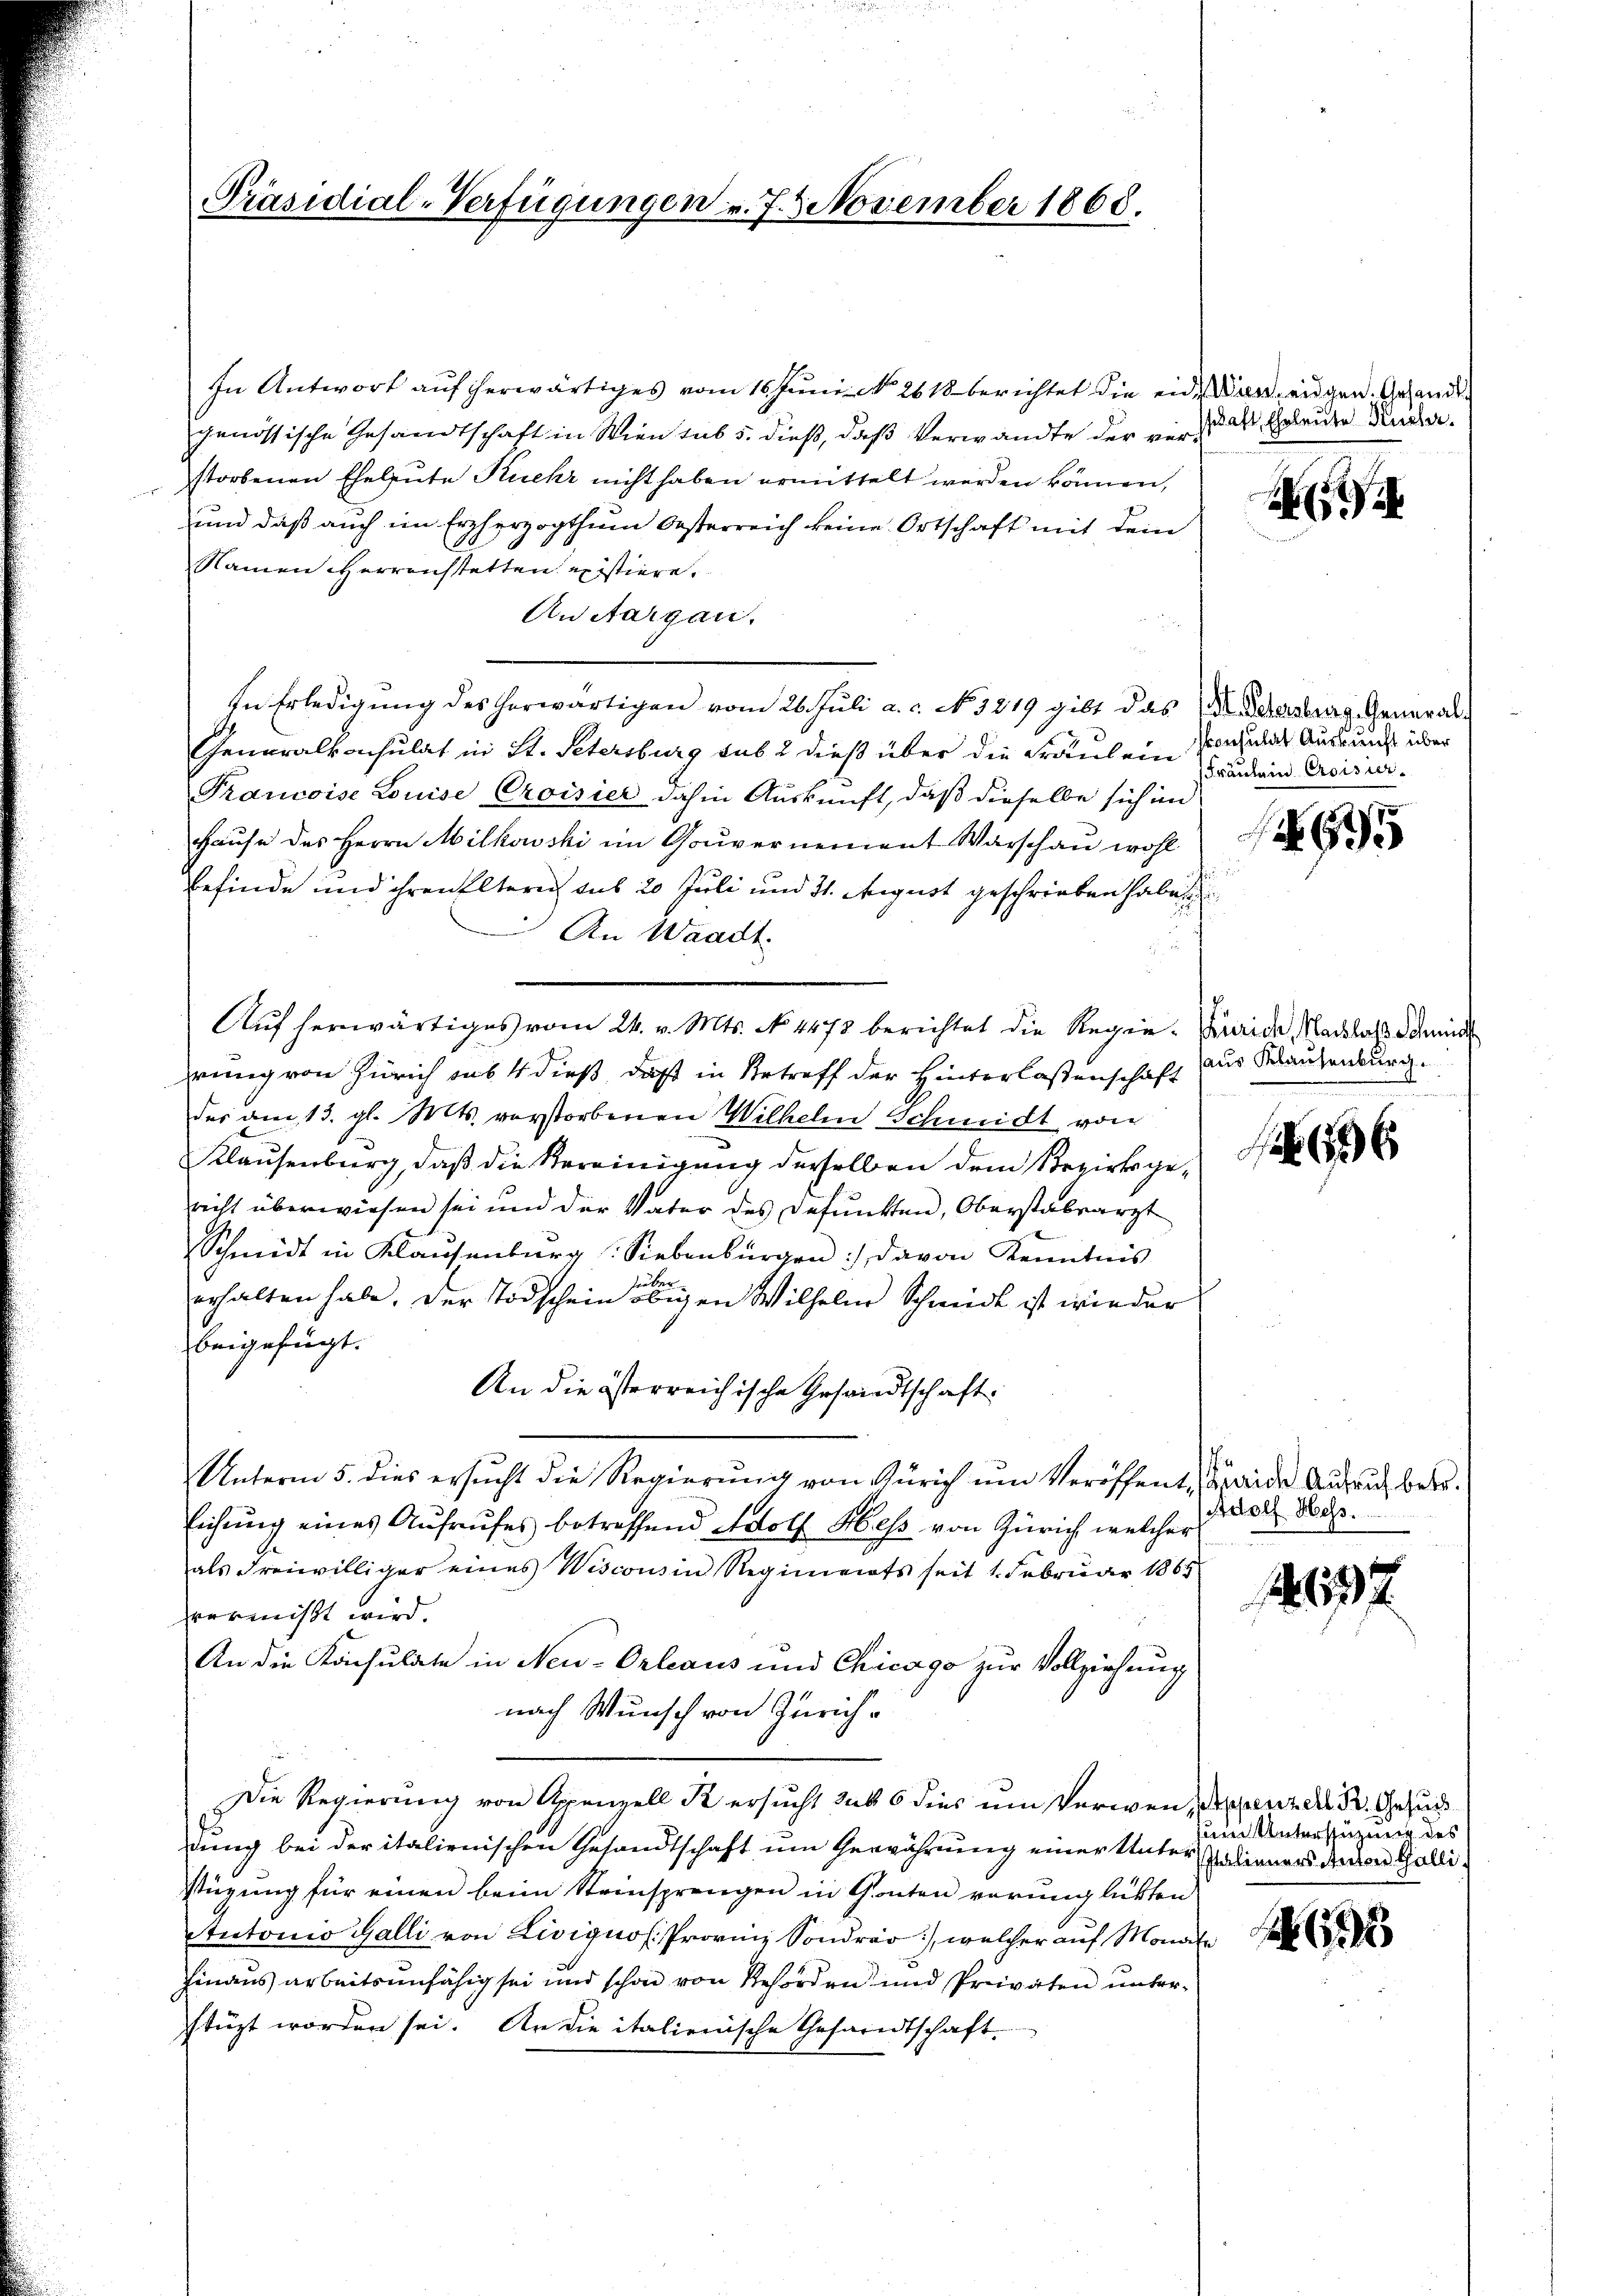
In Antwort auf herwärtiges vom 16. Juni No 261 berichtet die eide der eigen. Gesandt
genössische Gesandtschaft in Wien sub 5. dieß, daß Verwandte der verstorbenen Eheleute Kuehr nicht haben ermittelt werden können,
und daß auch im Erzherzogthum Oesterreich keine Ortschaft mit dem
Namen HHerreichstatten existiere.
AuAargau.
In Erledigung des herwärtigen vom 26. Juli a. c. No. 3219 gibt das Dr. Schensburg, General¬
Generalkonsulat in St. Petersburg sub 2 dieß über die Fräulein Poschulat Auskunft über
Prancoise Louise Croisier dahin Auskunft, daß dieselbe sich in
Hause des Herrn Milkowski im Gouvernement Warschau wohl
Befinde und ihren Eltern aus 20 Juli und 31. August geschrieben habe
An Waadt
Auf herwärtiges vom 24. v. Mts. No. 4473 berichtet die Regie-Geride, Nachlass damit
wung von Zürich sub 4 dieß, daß in Betreff der Hinterlassenschaft
des am 13. gl. Mts. verstorbenen Wilhelm Schmidt von
Klausenburg, daß die Vereinigung derselben dem Bezirksgericht überwiesen sei und der Vater des defunkten, Oberstabsarzt
Schmidt in Klaŭsenburg. Siebenbürgen davon Kenntnis
.
erhalten habe. Der Todschein obigen Wilhelm Schneide ist wieder
beigefügt.
An die österreichische Gesandtschaft:
Unterm 5. dies ersŭcht die Regierŭng von Zürich um Veröffent, Seide Aufruch betr.
Eichung eines Aufrufes betreffend Adolf Heß von Zürich, welcher
als Freiwilliger eines Wisconsin Regiments seit 1. Februar 1865
vermißt wird.
An die Konsulate in Neu-Orleaus und Chicago zur Vollziehung
nach Wunsch von Zürich¬
Die Regierung von Appenzell R ersucht sub 6 dies um Verwen, Appenzer B. Gesuc
dung bei der italienischen Gesandtschaft um Gewährung einer Unter Stadlerners devon Gallistüzung für einen beim Steinsprengen in Gonten verunglükten
Stratorio Galli von Liviquol. Provinz Sondrer, welcher auf Monate
hinaus arbeitsunfähig sei und schon von Behörden und Privaten unterftüzt worden sei. An die italienische Gesandtschaft-

Präsidial-Verfügungen v. 7. November 1868.

sschaft, Eheleute Kücher

1

Fräulein Eroisier.

695

aus Klausenburg.

x

(Adolf Hess.

1697

zum Unterstützung des

63